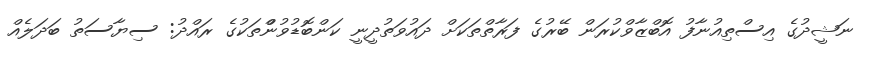
ނަޝީދުގެ އިސްތިއުނާފު އޮބްޒާވްކުރަން ބޭރުގެ ފަރާތްތަކަށް ދައުވަތުދީނީ ކަންބޮޑުވުންްތަކުގެ ރައްދު: ސިޔާސަތު ބަދަލެއް